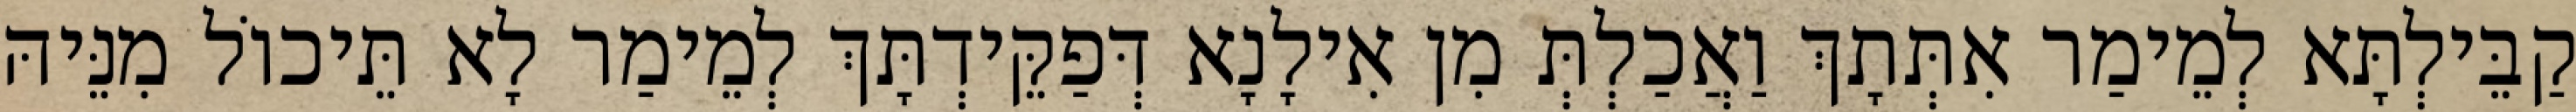
קַבֵּילְתָּא לְמֵימַר אִתְּתָךְ וַאֲכַלְתְּ מִן אִילָנָא דְּפַקֵּידְתָּךְ לְמֵימַר לָא תֵּיכוֹל מִנֵּיהּ